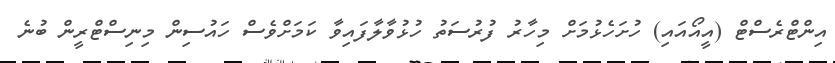
އިންޓްރެސްޓް (އީއޯއައި) ހުށަހެޅުމަށް މިހާރު ފުރުސަތު ހުޅުވާލާފައިވާ ކަމަށްވެސް ހައުސިން މިނިސްޓްރީން ބުނެ